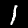
Digit: 1